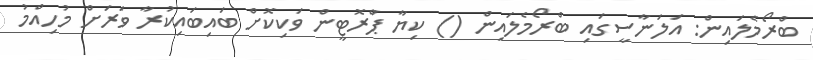
ބްރޯމެލައިން: އަލަނާސީގައި ބްރޯމެލައިން () ކިޔާ ޕްރޮޓީން ވަކިކޮށް ބައިބައިކުރާ ވަރަށް މުހިއްމު